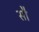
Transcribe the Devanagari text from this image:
साै